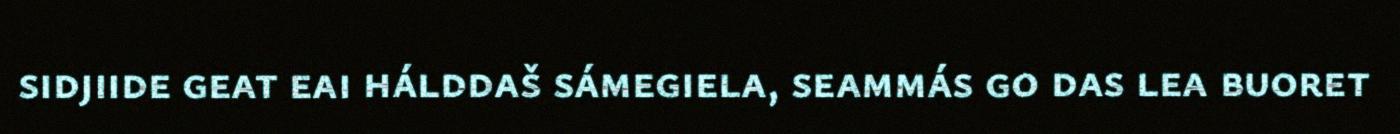
sidjiide geat eai hálddaš sámegiela, seammás go das lea buoret